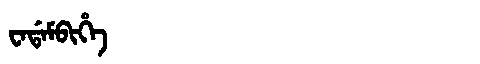
Manchu: ᠸᠠᡩᠠᠮᠪᡳᡥᡝ
Romanization: WADAMBIHE